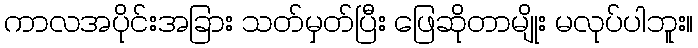
ကာလအပိုင်းအခြား သတ်မှတ်ပြီး ဖြေဆိုတာမျိုး မလုပ်ပါဘူး။